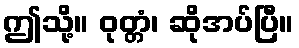
ဤသို့။ ဝုတ္တံ၊ ဆိုအပ်ပြီ။